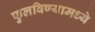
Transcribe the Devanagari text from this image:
फुलविण्यामध्ये